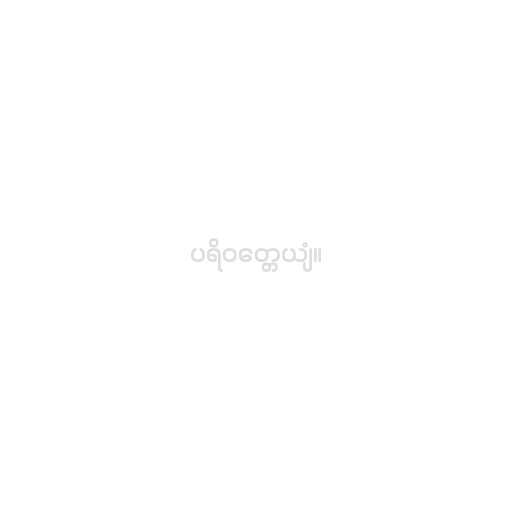
ပရိဝတ္တေယျံ။